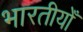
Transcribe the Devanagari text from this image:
भारतीयोँ